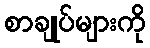
စာချုပ်များကို